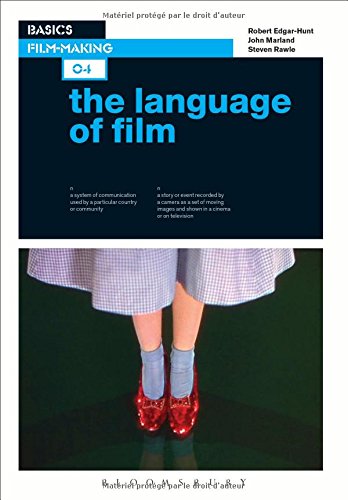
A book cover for Basics Film-Making 04: The Language of Film; John Marland; Arts & Photography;